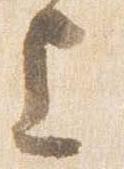
上